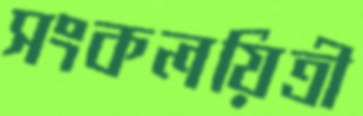
সংকলয়িত্রী